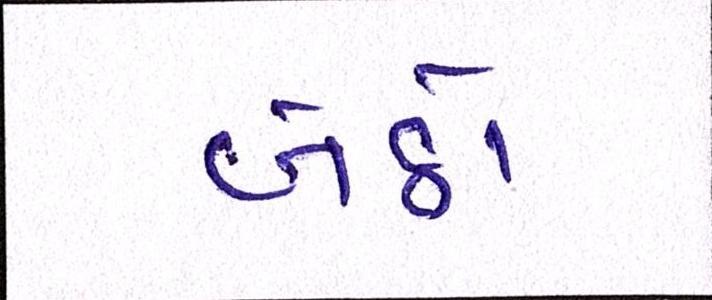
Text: બેઠો